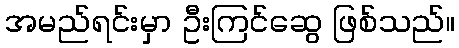
အမည်ရင်းမှာ ဦးကြင်ဆွေ ဖြစ်သည်။